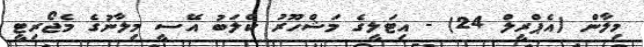
މިލާން (އެޕްރީލް 24) - އިޓަލީގެ މަޝްހޫރު ކްލަބު އޭސީ މިލާނުގެ މެޖޯރިޓީ